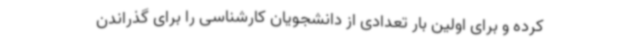
کرده و برای اولین بار تعدادی از دانشجویان کارشناسی را برای گذراندن